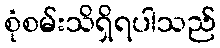
စုံစမ်းသိရှိရပါသည်